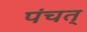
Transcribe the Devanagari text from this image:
पंचत्‌